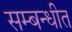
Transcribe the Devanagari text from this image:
सम्बन्धीत